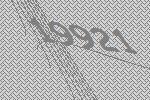
19921